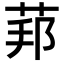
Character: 𦰥